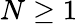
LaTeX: N\ge 1